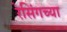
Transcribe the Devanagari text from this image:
रेसिंगच्या